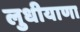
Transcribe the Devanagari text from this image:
लुधीयाणा